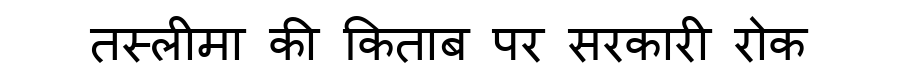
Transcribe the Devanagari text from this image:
तस्लीमा की किताब पर सरकारी रोक